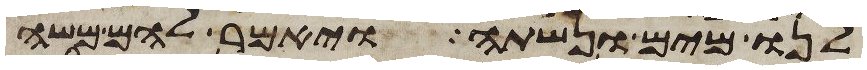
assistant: לנו מים ונשתה ויאמר להם משה